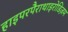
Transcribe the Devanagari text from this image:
हाइपरपैराथाइरोडिज़म